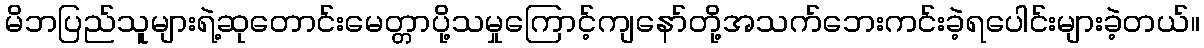
မိဘပြည်သူများရဲ့ဆုတောင်းမေတ္တာပို့သမှုကြောင့်ကျနော်တို့အသက်ဘေးကင်းခဲ့ရပေါင်းများခဲ့တယ်။